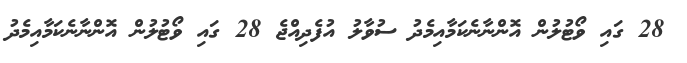
28 ގައި ވޯޓުލުން އޮންނާނެކަމާއިމެދު ސުވާލު އުފެދިއްޖެ 28 ގައި ވޯޓުލުން އޮންނާނެކަމާއިމެދު